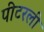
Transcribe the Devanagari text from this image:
पीटरली